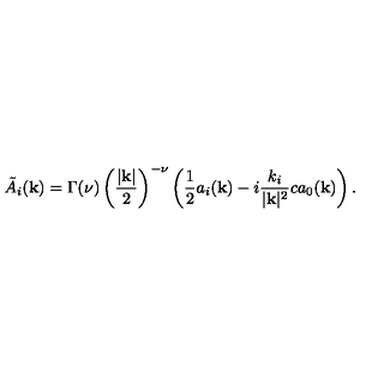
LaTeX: \tilde { A } _ { i } ( { \bf k } ) = \Gamma ( \nu ) \left( { \frac { | { \bf k } | } { 2 } } \right) ^ { - \nu } \left( { \frac { 1 } { 2 } } a _ { i } ( { \bf k } ) - i { \frac { k _ { i } } { | { \bf k } | ^ { 2 } } } c a _ { 0 } ( { \bf k } ) \right) .